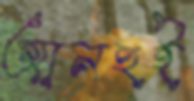
আনহুই